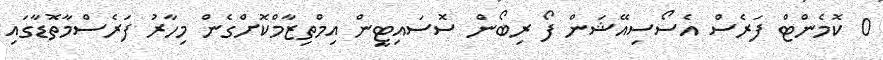
0 ކޮމެންޓް ފަރެސް އެސޯސިއޭޝަން ފޯ ރިބޯން ސޮސައިޓީން އިމްތިޒާމްކޮށްގެން މިހާރު ފަރެސްމާތޮޑާގައި